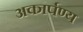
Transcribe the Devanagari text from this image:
अकार्पण्य